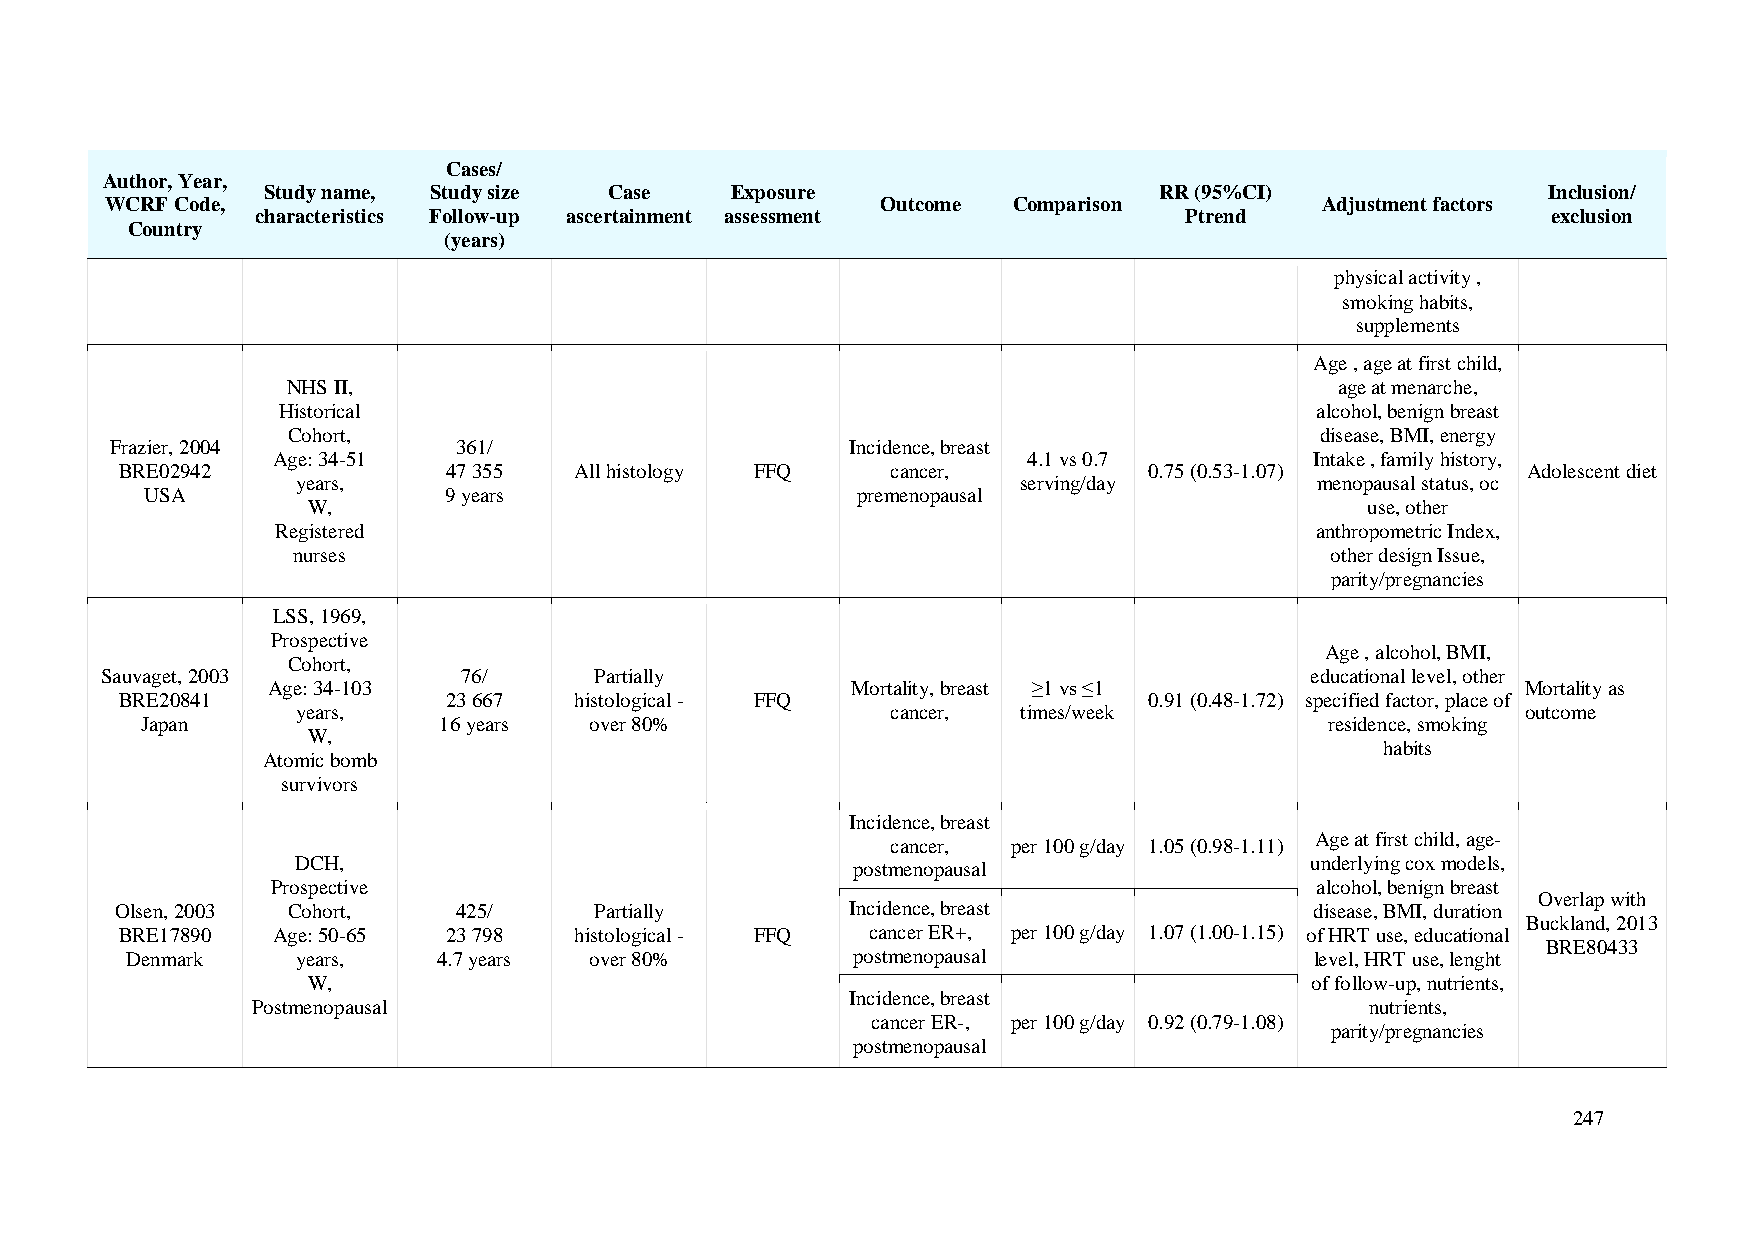
Cases/
 Author, Year,
 Study name, Study size Case    Exposure                     RR (95%CI)               Inclusion/
 WCRF Code,                                         Outcome  Comparison           Adjustment factors
 characteristics Follow-up ascertainment assessment           Ptrend                   exclusion
 Country
 (years)
 physical activity ,
 smoking habits,
 supplements
 Age , age at first child,
 NHS II,                                                               age at menarche,
 Historical                                                           alcohol, benign breast
 Cohort,                                                             disease, BMI, energy
 Frazier, 2004          361/                      Incidence, breast
 Age: 34-51                                        4.1 vs 0.7         Intake , family history,
 BRE02942             47 355   All histology FFQ    cancer,          0.75 (0.53-1.07)         Adolescent diet
 years,                                         serving/day         menopausal status, oc
 USA                9 years                     premenopausal
 W,                                                                     use, other
 Registered                                                           anthropometric Index,
 nurses                                                               other design Issue,
 parity/pregnancies
 LSS, 1969,
 Prospective
 Age , alcohol, BMI,
 Cohort,
 Sauvaget, 2003          76/     Partially                                       educational level, other
 Age: 34-103                           Mortality, breast ≥1 vs ≤1                   Mortality as
 BRE20841             23 667   histological - FFQ                    0.91 (0.48-1.72) specified factor, place of
 years,                                 cancer,  times/week                       outcome
 Japan               16 years  over 80%                                         residence, smoking
 W,
 habits
 Atomic bomb
 survivors
 Incidence, breast
 cancer, per 100 g/day 1.05 (0.98-1.11) Age at first child, age-
 DCH,                                postmenopausal                 underlying cox models,
 Prospective                                                          alcohol, benign breast
 Overlap with
 Olsen, 2003 Cohort,   425/     Partially        Incidence, breast              disease, BMI, duration
 Buckland, 2013
 BRE17890  Age: 50-65 23 798   histological - FFQ  cancer ER+, per 100 g/day 1.07 (1.00-1.15) of HRT use, educational
 BRE80433
 Denmark     years,   4.7 years over 80%         postmenopausal                 level, HRT use, lenght
 W,                                                                 of follow-up, nutrients,
 Incidence, breast
 Postmenopausal                                                            nutrients,
 cancer ER-, per 100 g/day 0.92 (0.79-1.08)
 parity/pregnancies
 postmenopausal
 247